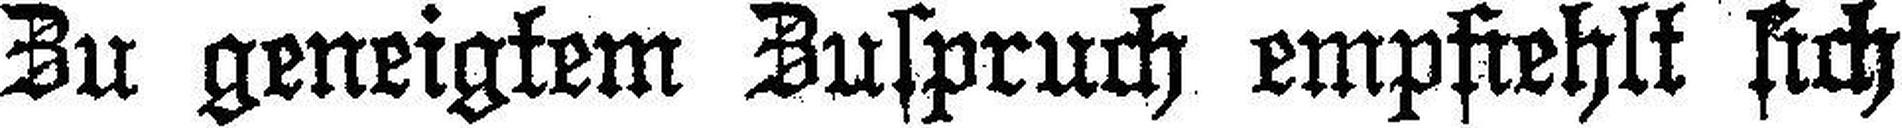
Zu geneigtem Zuspruch empfrehlt sich